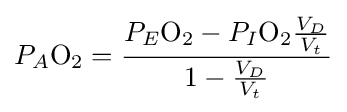
P_{A}{\ce {O2}}={\frac {P_{E}{\ce {O2}}-P_{I}{\ce {O2}}{\frac {V_{D}}{V_{t}}}}{1-{\frac {V_{D}}{V_{t}}}}}